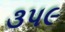
૩પ૯